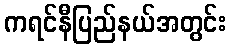
ကရင်နီပြည်နယ်အတွင်း